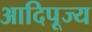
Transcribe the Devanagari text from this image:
आदिपूज्य